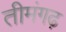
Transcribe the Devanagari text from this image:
तीमंगढ़